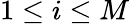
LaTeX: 1\leq i\le M